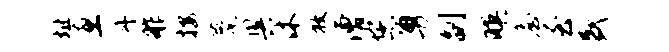
址惠丹舴按甍奥沐放漕您勇副暝詹至盛